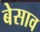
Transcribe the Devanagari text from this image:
बेसाव